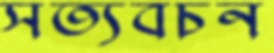
সত্যবচন